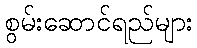
စွမ်းဆောင်ရည်များ